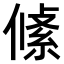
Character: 𠍞